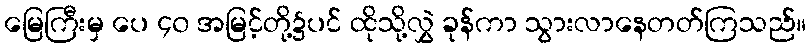
မြေကြီးမှ ပေ ၄၀ အမြင့်တို့၌ပင် ထိုသို့လွှဲ ခုန်ကာ သွားလာနေတတ်ကြသည်။